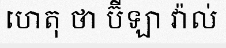
ហេតុ ថា ប៊ីឡា វ៉ាល់